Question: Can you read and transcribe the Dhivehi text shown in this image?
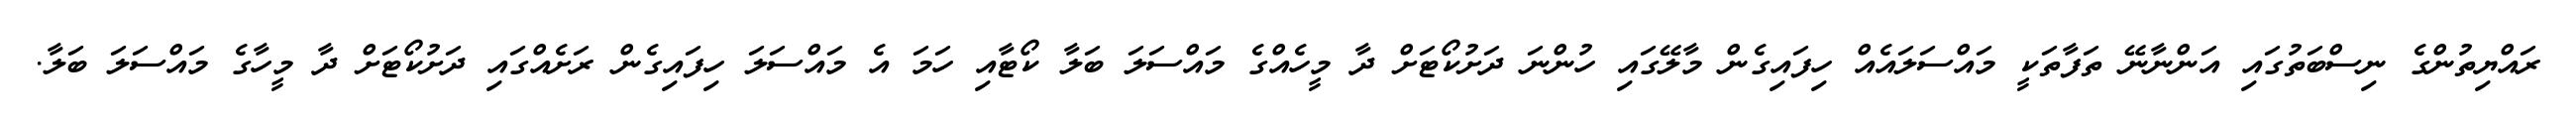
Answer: ރައްޔިތުންގެ ނިސްބަތުގައި އަންނާނޭ ތަފާތަކީ މައްސަލައެއް ހިފައިގެން މާލޭގައި ހުންނަ ދަށުކޯޓަށް ދާ މީހެއްގެ މައްސަލަ ބަލާ ކޯޓާއި ހަމަ އެ މައްސަލަ ހިފައިގެން ރަށެއްގައި ދަށުކޯޓަށް ދާ މީހާގެ މައްސަލަ ބަލާ.